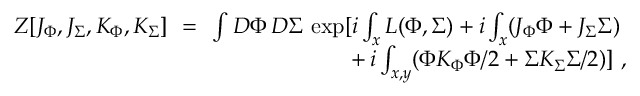
\begin{array} { r c l } { { Z [ J _ { \Phi } , J _ { \Sigma } , K _ { \Phi } , K _ { \Sigma } ] \! \! } } & { { = } } & { { \! \! \int { \cal D } \Phi \, { \cal D } \Sigma \, \exp [ i \int _ { x } L ( \Phi , \Sigma ) + i \int _ { x } ( J _ { \Phi } \Phi + J _ { \Sigma } \Sigma ) } } \\ { { } } & { { } } & { { { } ~ ~ ~ ~ ~ ~ ~ ~ ~ ~ ~ ~ ~ ~ ~ ~ ~ + i \int _ { x , y } ( \Phi K _ { \Phi } \Phi / 2 + \Sigma K _ { \Sigma } \Sigma / 2 ) ] ~ , } } \end{array}